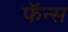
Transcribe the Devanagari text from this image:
फॅन्स